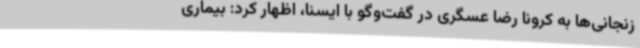
زنجانی‌ها به کرونا رضا عسگری در گفت‌وگو با ایسنا، اظهار کرد: بیماری